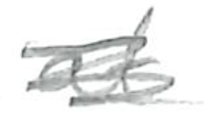
Text: at
Cross-out: scratch
Writing tool: pencil